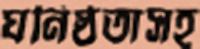
ঘনিষ্ঠতাসহ